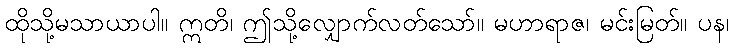
ထိုသို့မသာယာပါ။ ဣတိ၊ ဤသို့လျှောက်လတ်သော်။ မဟာရာဇ၊ မင်းမြတ်။ ပန၊